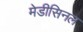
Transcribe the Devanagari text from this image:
मेडीसिनल